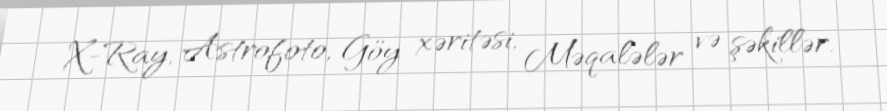
X-Ray, Astrofoto, Göy xəritəsi, Məqalələr və şəkillər.